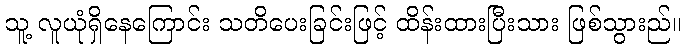
သူ့ လူယုံရှိနေကြောင်း သတိပေးခြင်းဖြင့် ထိန်းထားပြီးသား ဖြစ်သွားည်။